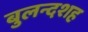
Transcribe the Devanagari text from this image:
बुलन्दशह